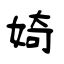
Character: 婍